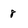
Character: 8